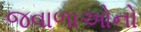
જવાળાઓનો